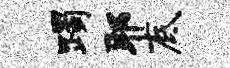
躅耶底